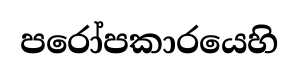
පරෝපකාරයෙහි